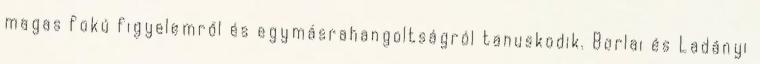
magas fokú figyelemről és egymásrahangoltságról tanuskodik. Borlai és Ladányi